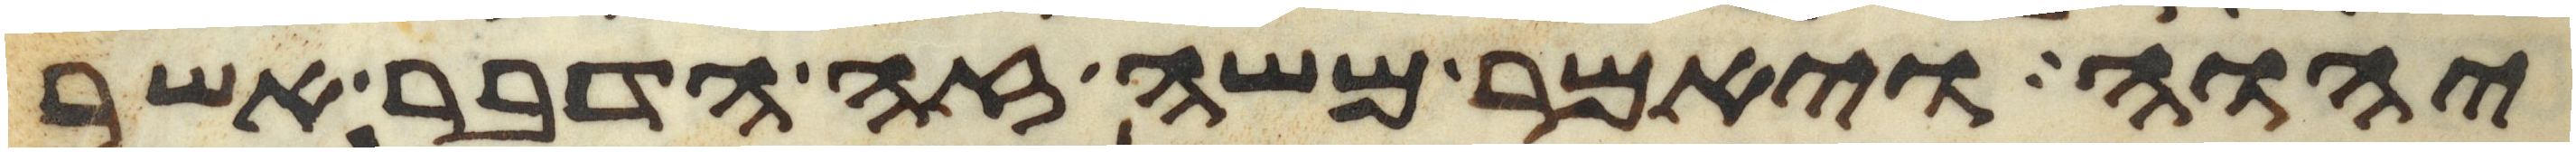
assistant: יהוה ויאמר משה זה הדבר אשר